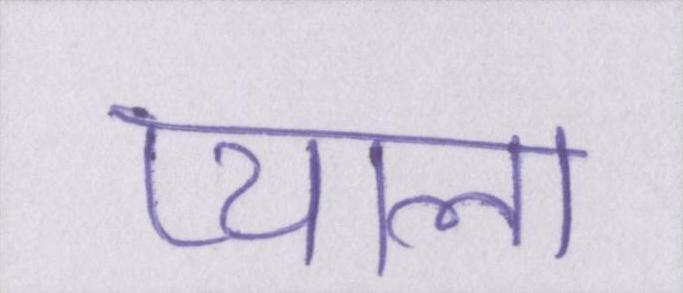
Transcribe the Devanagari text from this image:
प्याला